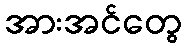
အားအင်တွေ